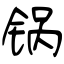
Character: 锅